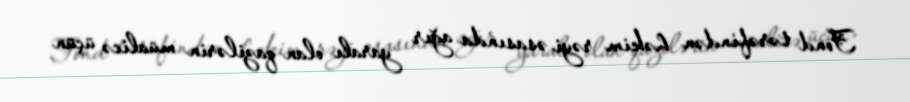
Fond tərəfindən həkim rəyi əsasında ağır yaralı olan qazilərin müalicə üçün